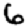
Digit: 6